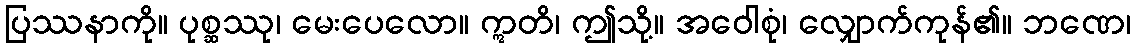
ပြဿနာကို။ ပုစ္ဆဿု၊ မေးပေလော။ ဣတိ၊ ဤသို့။ အဝေါစုံ၊ လျှောက်ကုန်၏။ ဘဏေ၊